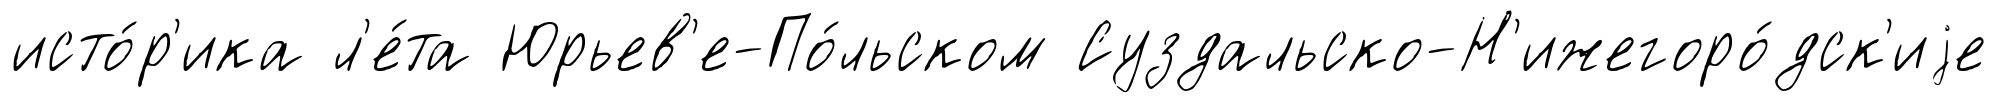
исто́р'ика л'е́та Юрьев'е-По́льском Суздальско-Н'ижегоро́дск'иjе